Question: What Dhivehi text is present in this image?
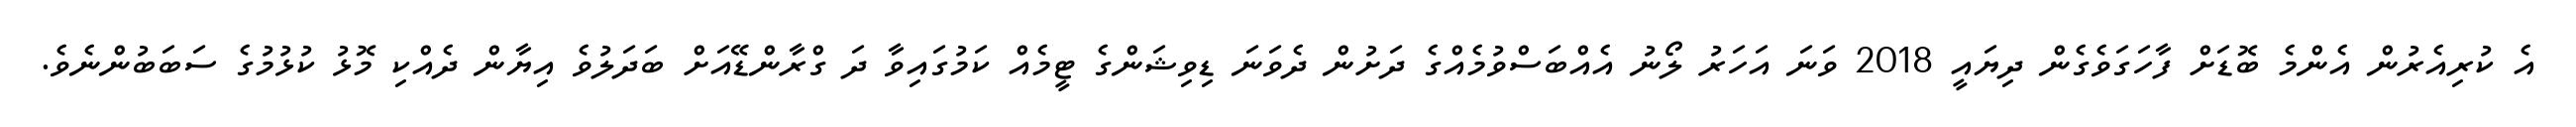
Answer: އެ ކުރިއެރުން އެންމެ ބޮޑަށް ފާހަގަވެގެން ދިޔައީ 2018 ވަނަ އަހަރު ލޯނު އެއްބަސްވުމެއްގެ ދަށުން ދެވަނަ ޑިވިޝަންގެ ޓީމެއް ކަމުގައިވާ ދަ ގްރާންޑޭއަށް ބަދަލުވެ އިޔާން ދެއްކި މޮޅު ކުޅުމުގެ ސަބަބުންނެވެ.